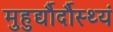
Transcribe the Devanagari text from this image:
मुहुर्द्यौर्दौस्थ्यं